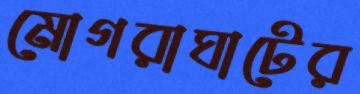
মোগরাঘাটের